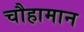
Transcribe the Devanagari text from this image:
चौहामान